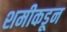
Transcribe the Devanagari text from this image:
शमीकडून